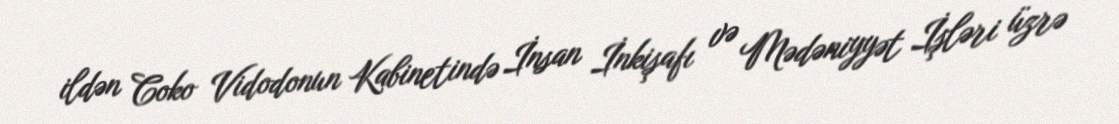
ildən Coko Vidodonun Kabinetində İnsan İnkişafı və Mədəniyyət İşləri üzrə